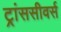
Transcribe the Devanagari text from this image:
ट्रांससीवर्स